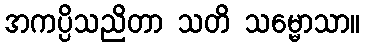
အကပ္ပိသညိတာ သတိ သမ္မောသာ။